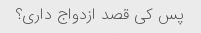
پس کی قصد ازدواج داری؟